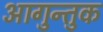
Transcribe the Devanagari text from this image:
आगुन्तुक